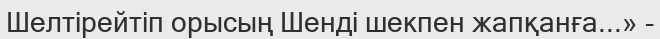
Шелтірейтіп орысың Шенді шекпен жапқанға...» -